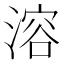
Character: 溶